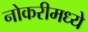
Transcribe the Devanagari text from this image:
नोकरीमध्ये